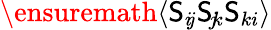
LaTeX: \ensuremath{\langle\mathsf{S}_{i\! j}\mathsf{S}_{\! j\! k}\mathsf{S}_{ki}\rangle}